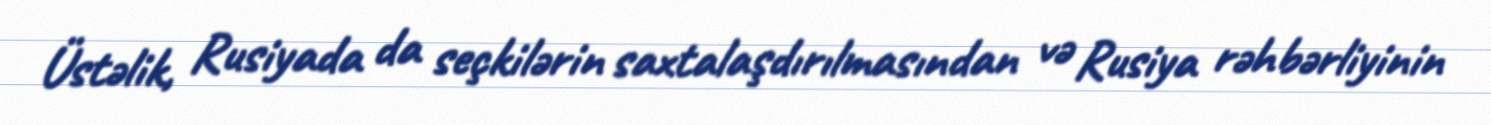
Üstəlik, Rusiyada da seçkilərin saxtalaşdırılmasından və Rusiya rəhbərliyinin